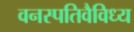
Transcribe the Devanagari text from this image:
वनस्पतिवैविध्य